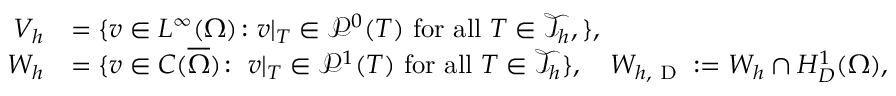
\begin{array} { r l } { V _ { h } } & { = \{ v \in L ^ { \infty } ( \Omega ) \colon v | _ { T } \in \mathcal { P } ^ { 0 } ( T ) \ \mathrm { f o r ~ a l l } \ T \in \mathcal { T } _ { h } , \} , } \\ { W _ { h } } & { = \{ v \in C ( \overline { \Omega } ) \colon \left. v \right| _ { T } \in \mathcal { P } ^ { 1 } ( T ) \ \mathrm { f o r ~ a l l } \ T \in \mathcal { T } _ { h } \} , \quad W _ { h , \textup { D } } : = W _ { h } \cap H _ { D } ^ { 1 } ( \Omega ) , } \end{array}